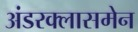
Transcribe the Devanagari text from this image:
अंडरक्लासमेन